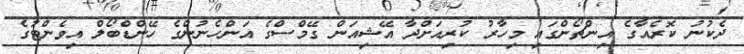
ދެކުނު ކޮރެއާގެ އިންޗޯންގައި މިހާރު ކުރިއަށްދާ އޭޝިއަން ގޭމްސްގެ އަންހެނުންގެ ހޭންޑްބޯލް އިވެންޓުގެ